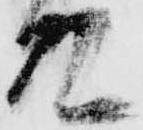
召